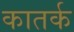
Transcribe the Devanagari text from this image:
कातर्क